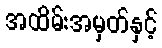
အထိမ်းအမှတ်နှင့်